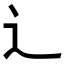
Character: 辶